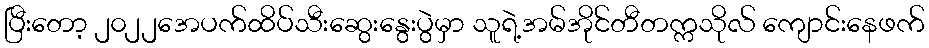
ပြီးတော့ ၂၀၂၂အေပက်ထိပ်သီးဆွေးနွေးပွဲမှာ သူရဲ့အမ်အိုင်တီတက္ကသိုလ် ကျောင်းနေဖက်